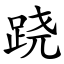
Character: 跷